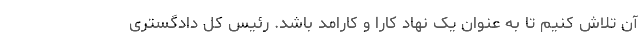
آن تلاش کنیم تا به عنوان یک نهاد کارا و کارامد باشد. رئیس کل دادگستری